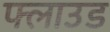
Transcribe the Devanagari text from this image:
फ्लाउड